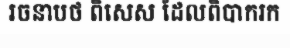
រចនាបថ ពិសេស ដែលពិបាករក